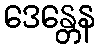
ဒေန္တေန